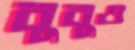
বুবুও